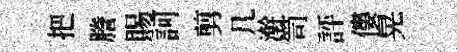
把謄賜訶剪几澣笥評僂晃